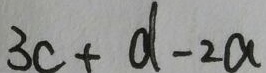
3 c + d - 2 a